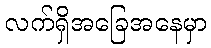
လက်ရှိအခြေအနေမှာ